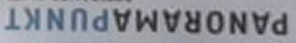
PANORAMAPUNKT